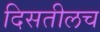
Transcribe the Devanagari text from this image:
दिसतीलच